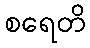
စရေတိ